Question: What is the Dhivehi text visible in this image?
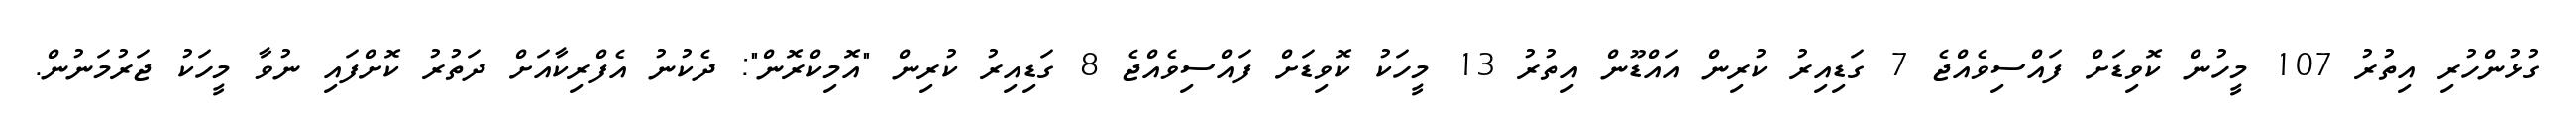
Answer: ގުޅުންހުރި އިތުރު 107 މީހުން ކޮވިޑަށް ފައްސިވެއްޖެ 7 ގަޑިއިރު ކުރިން އައްޑޫން އިތުރު 13 މީހަކު ކޮވިޑަށް ފައްސިވެއްޖެ 8 ގަޑިއިރު ކުރިން "އޮމިކްރޮން": ދެކުނު އެފްރިކާއަށް ދަތުރު ކޮށްފައި ނުވާ މީހަކު ޖަރުމަނުން.